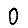
Digit: 0